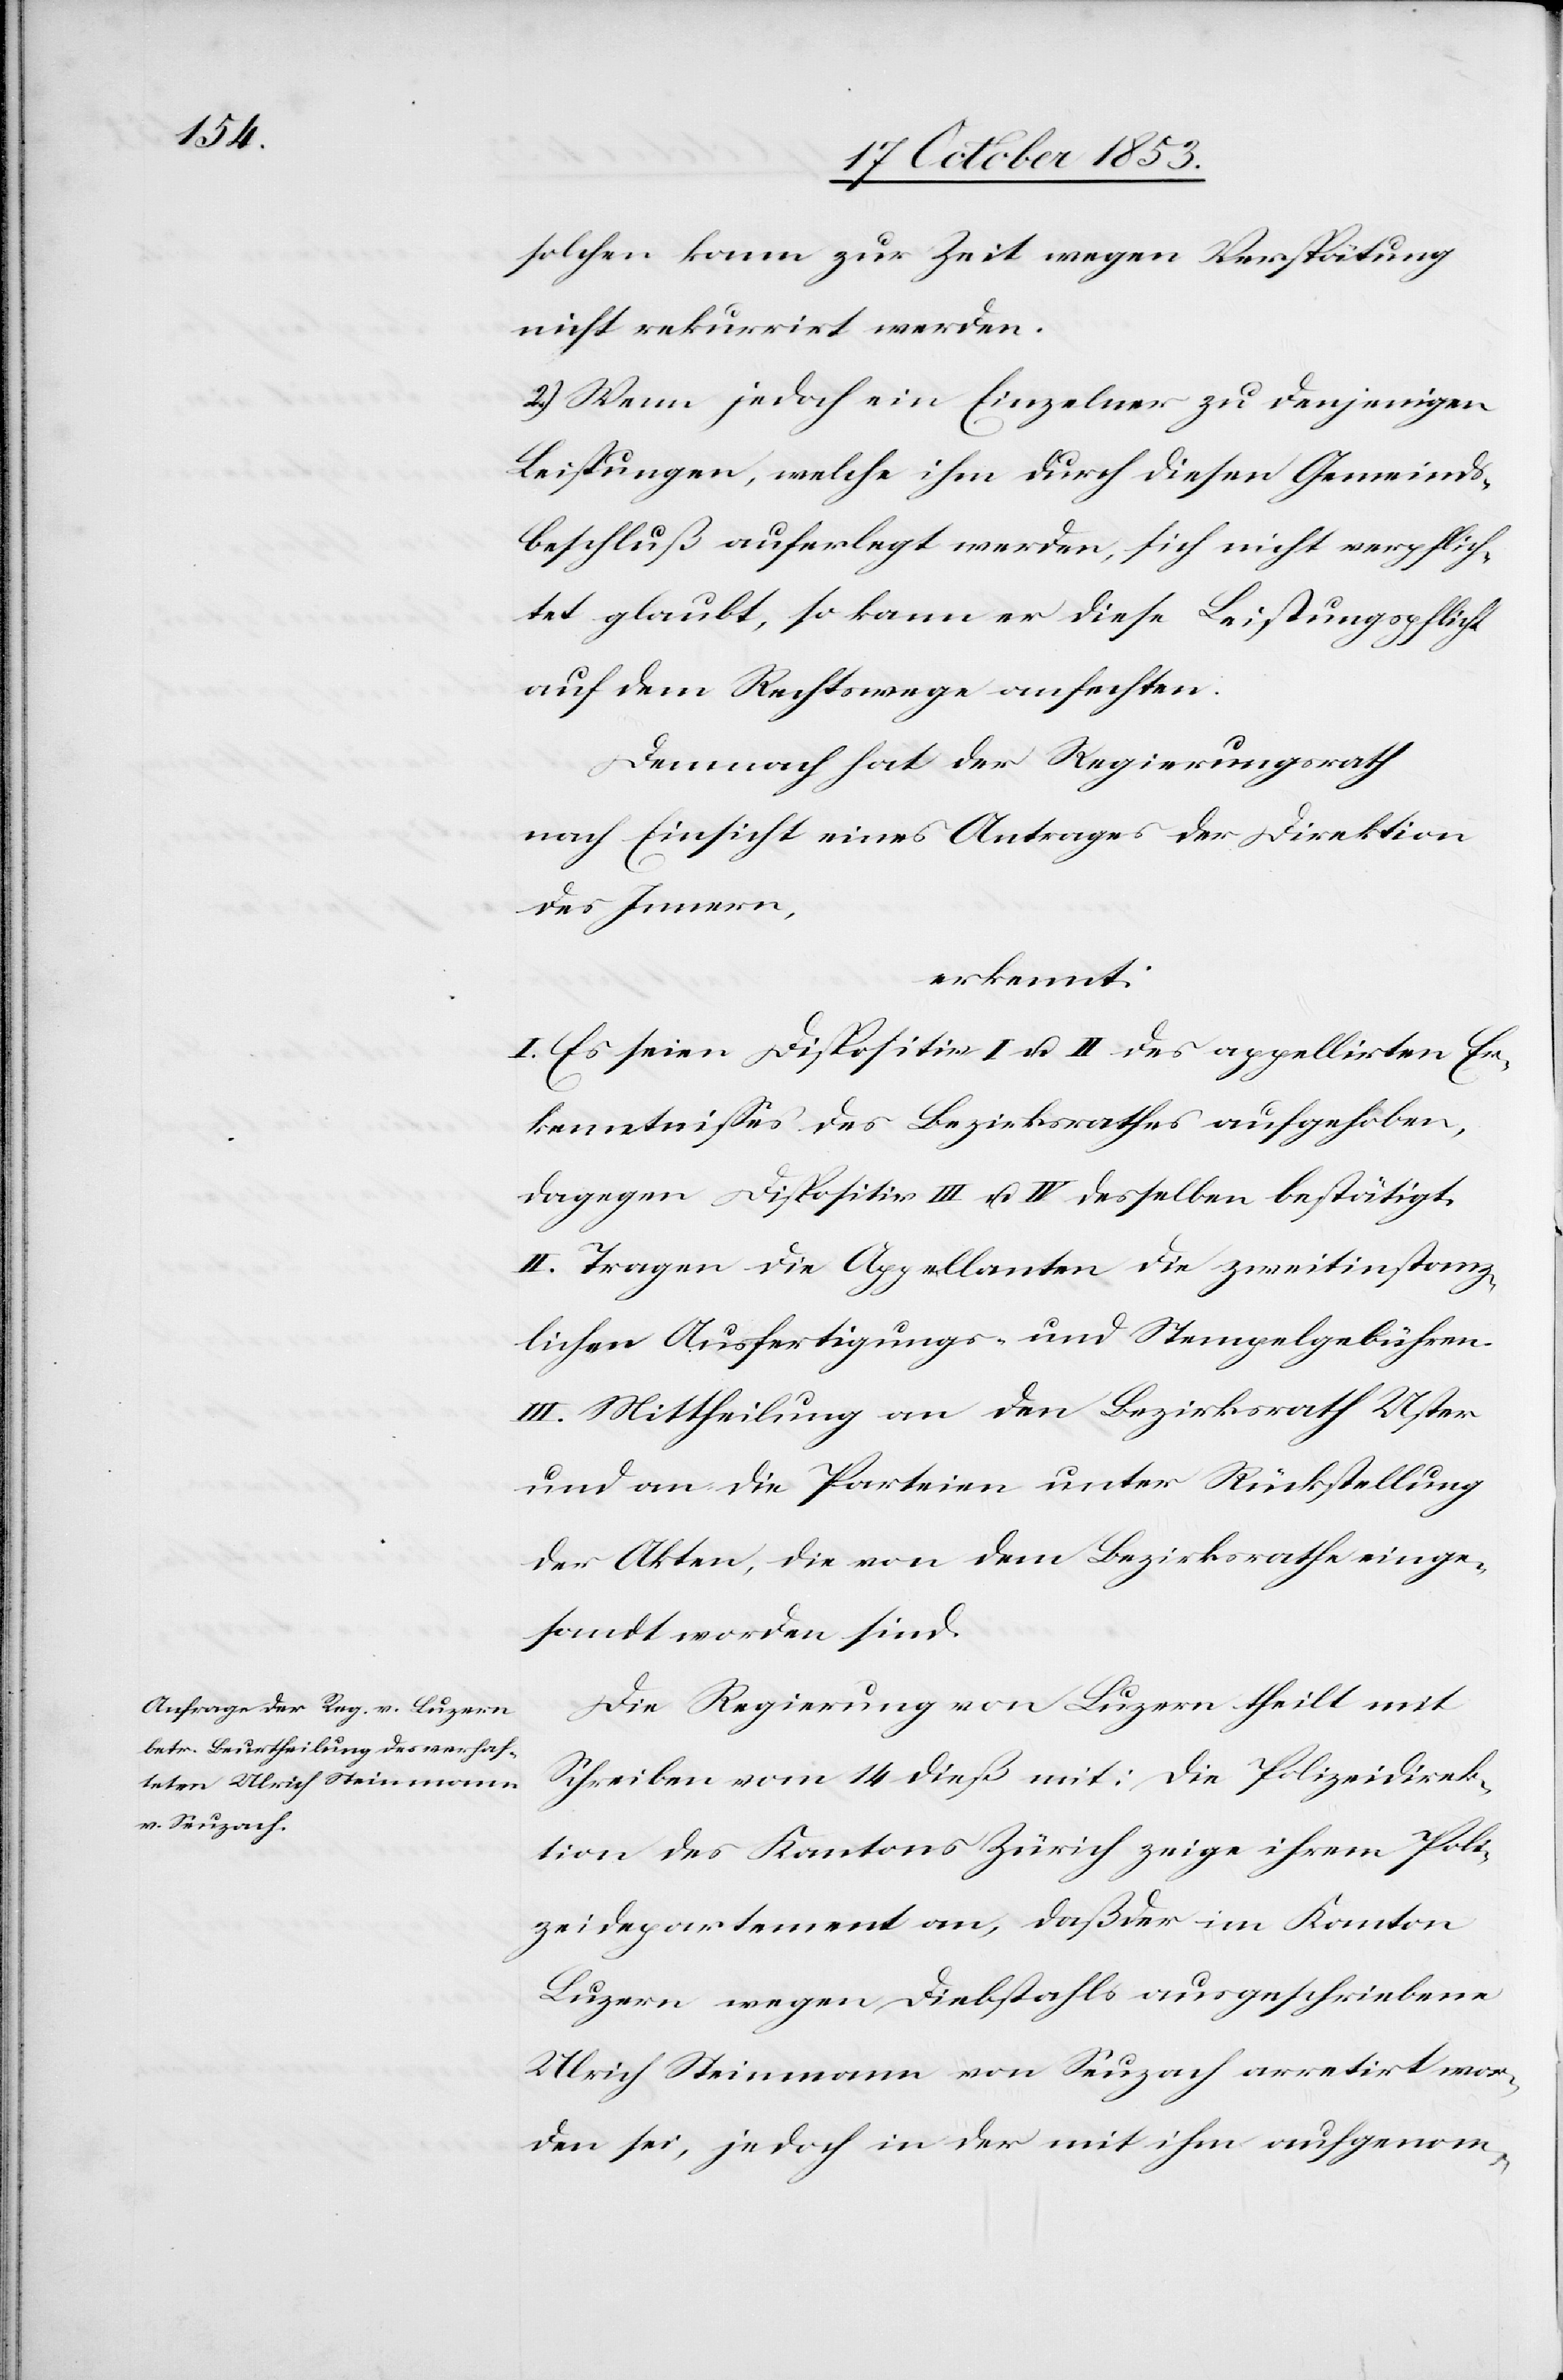
solchen kann zur Zeit wegen Verspätung
nicht rekurrirt werden.
2.) Wenn jedoch ein Einzelner zu denjenigen
Leistungen, welche ihm durch diesen Gemeinds¬
beschluß auferlegt werden, sich nicht verpflich¬
tet glaubt, so kann er diese Leistungspflicht
auf dem Rechtswege anfechten.
Demnach hat der Regierungsrath
nach Einsicht eines Antrages der Direktion
des Innern,
erkennt:
I. Es seien Dispositiv I. u. II des appellirten Er¬
kenntnißes des Bezirksrathes aufgehoben,
dagegen Dispositiv III. u. IV desselben bestätigt.
II. Tragen die Appellanten die zweitinstanz¬
lichen Ausfertigungs- u. Stempelgebühren.
III. Mittheilung an den Bezirksrath Uster
und an die Parteien unter Rückstellung
der Akten, die von dem Bezirksrathe einge¬
sandt worden sind.
Die Regierung von Luzern theilt mit
Schreiben vom 14 dieß mit: Die Polizeidirek¬
tion des Kantons Zürich zeige ihrem Poli¬
zeidepartement an, daß der im Kanton
Luzern wegen Diebstahls ausgeschriebene
Ulrich Steinmann von Seuzach arretirt wor¬
den sei, jedoch in der mit ihm aufgenom-